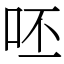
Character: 呸